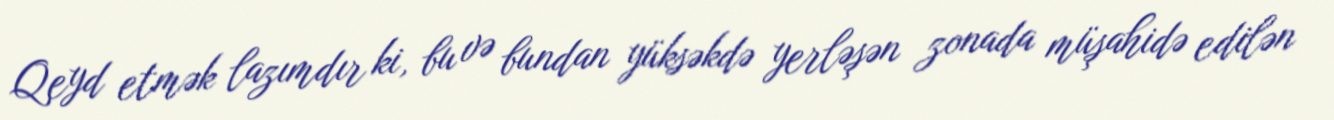
Qeyd etmək lazımdır ki, bu və bundan yüksəkdə yerləşən zonada müşahidə edilən